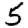
Digit: 5